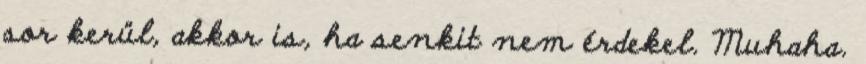
sor kerül, akkor is, ha senkit nem érdekel. Muhaha.